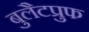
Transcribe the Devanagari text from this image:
बुलैटप्रुफ